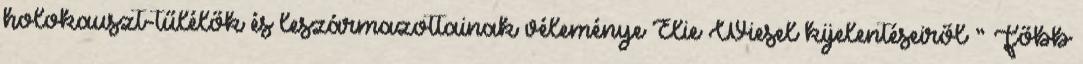
holokauszt-tűlélők és leszármazottainak véleménye Elie Wiesel kijelentéseiről ” Főbb